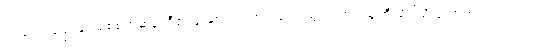
တဖြည်းဖြည်းနှင့် မစ်စက်ဆန်ဒရီ၏ ဒူးနှစ်ဖက်သည် ကွေးညွှတ်ကာ မြေကြီးပေါ်သို့ ထောက်လျက်သား